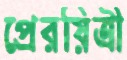
প্রেরয়িত্রী